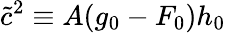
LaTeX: \tilde{c}^{2}\equiv A(g_{0}-F_{0})h_{0}